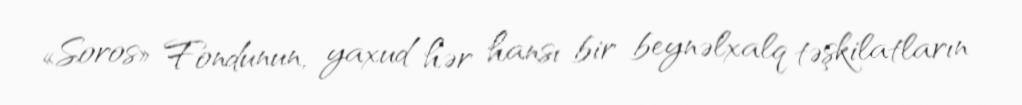
«Soros» Fondunun, yaxud hər hansı bir beynəlxalq təşkilatların